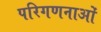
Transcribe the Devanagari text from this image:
परिगणनाओं